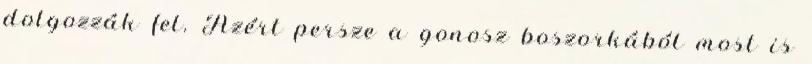
dolgozzák fel. Azért persze a gonosz boszorkából most is